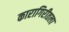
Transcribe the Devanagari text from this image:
कारागिरीतला